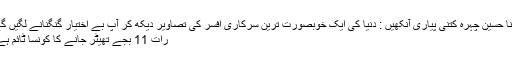
کتنا حسین چہرہ کتنی پیاری آنکھیں : دنیا کی ایک خوبصورت ترین سرکاری افسر کی تصاویر دیکھ کر آپ بے اختیار گنگنانے لگیں گے
رات 11 بجے تھیٹر جانے کا کونسا ٹائم ہے ۔